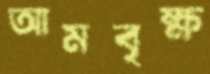
আমবৃক্ষ